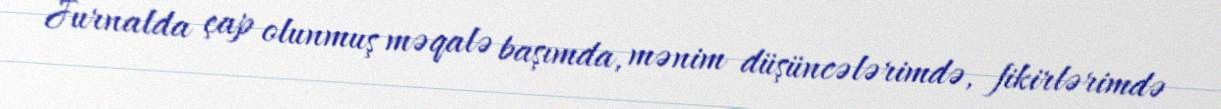
Jurnalda çap olunmuş məqalə başımda, mənim düşüncələrimdə, fikirlərimdə